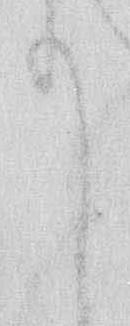
て